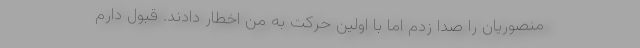
منصوریان را صدا زدم اما با اولین حرکت به من اخطار دادند. قبول دارم